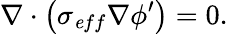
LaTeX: \nabla\cdot\left(\sigma_{\mathit eff}\nabla\phi^{\prime}\right)=0.